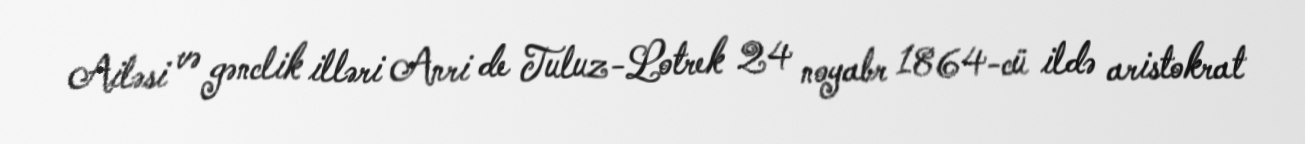
Ailəsi və gənclik illəri Anri de Tuluz-Lotrek 24 noyabr 1864-cü ildə aristokrat